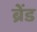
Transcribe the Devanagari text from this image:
ब्रेंड